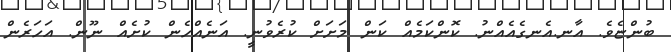
ބުންޏެވެ. އާނ.އެނގެއެއްނު. ކޮންކަމެއް ކަން މަށަށް ކުރެވުނީ. އަނެއްހެން ކުށެއް ނޫން. އަހަރެން